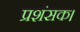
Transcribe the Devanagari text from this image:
प्रशंसक।